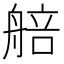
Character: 𦩜